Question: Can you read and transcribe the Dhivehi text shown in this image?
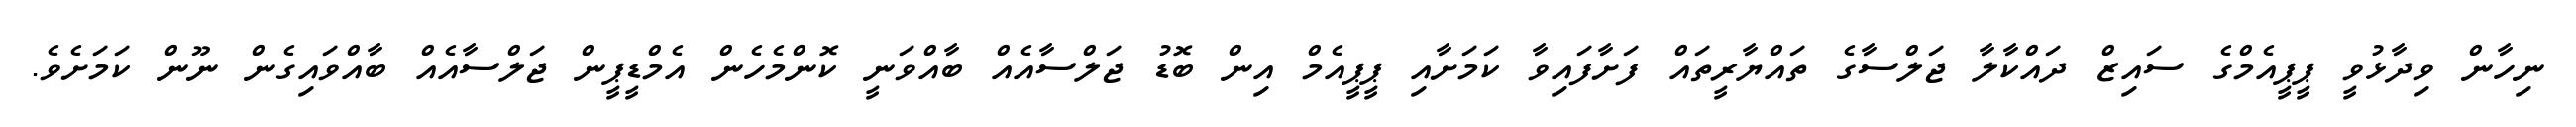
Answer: ނިހާން ވިދާޅުވީ ޕީޕީއެމްގެ ސައިޒް ދައްކާލާ ޖަލްސާގެ ތައްޔާރީތައް ފަށާފައިވާ ކަމަށާއި ޕީޕީއެމް އިން ބޮޑު ޖަލްސާއެއް ބާއްވަނީ ކޮންމެހެން އެމްޑީޕީން ޖަލްސާއެއް ބާއްވައިގެން ނޫން ކަމަށެވެ.